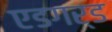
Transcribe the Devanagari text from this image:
एडगर्ड